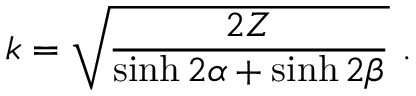
k = \sqrt { \frac { 2 Z } { \sinh 2 \alpha + \sinh 2 \beta } } \ .